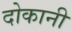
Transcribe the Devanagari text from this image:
दोकानी